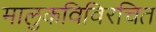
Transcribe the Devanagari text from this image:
मालुकविविरचित